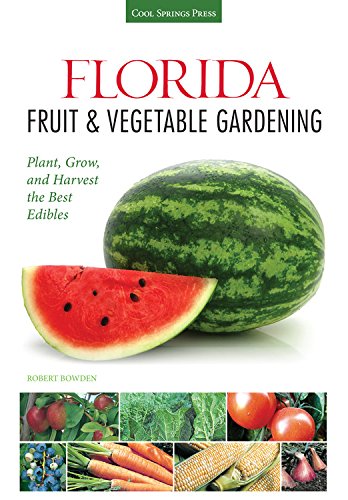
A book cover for Florida Fruit & Vegetable Gardening: Plant, Grow, and Harvest the Best Edibles (Fruit & Vegetable Gardening Guides); Robert Bowden; Crafts, Hobbies & Home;